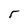
Character: r